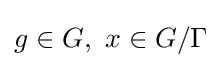
g\in G,\ x\in G/\Gamma